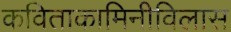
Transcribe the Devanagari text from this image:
कविताकामिनीविलास